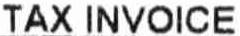
TAX INVOICE